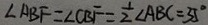
\angle A B F = \angle C B F = \frac { 1 } { 2 } \angle A B C = 3 5 ^ { \circ }